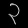
Digit: ၃